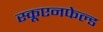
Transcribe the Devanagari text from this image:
स्कूएनफेल्ड